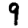
Digit: 9